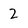
Character: 2